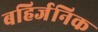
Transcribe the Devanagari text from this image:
बहिर्जनिक